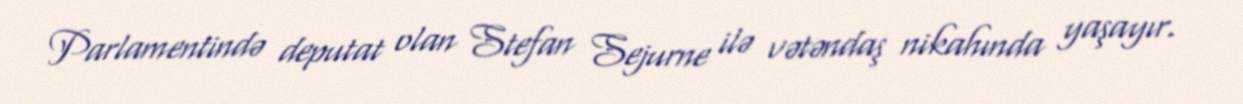
Parlamentində deputat olan Stefan Sejurne ilə vətəndaş nikahında yaşayır.